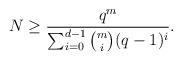
LaTeX: \begin{align*}N \ge \frac{q^m}{\sum_{i=0}^{d-1} \binom{m}{i}(q-1)^i}.\end{align*}